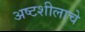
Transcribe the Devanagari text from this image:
अष्टशीलाचे